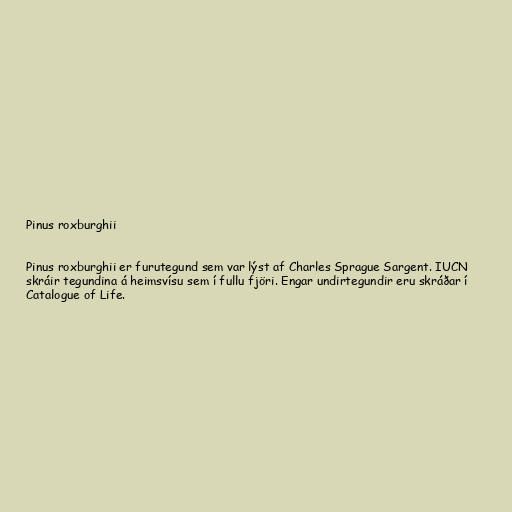
Pinus roxburghii

Pinus roxburghii er furutegund sem var lýst af Charles Sprague Sargent. IUCN
skráir tegundina á heimsvísu sem í fullu fjöri. Engar undirtegundir eru skráðar í
Catalogue of Life.